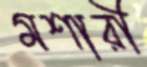
মশারী